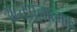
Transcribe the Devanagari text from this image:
अन्तःप्रज्ञात्मक